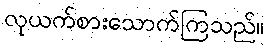
လုယက်စားသောက်ကြသည်။